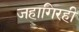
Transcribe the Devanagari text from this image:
जहागिरही